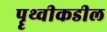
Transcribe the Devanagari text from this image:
पॄथ्वीकडील